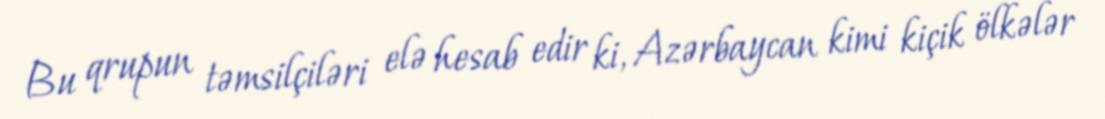
Bu qrupun təmsilçiləri elə hesab edir ki, Azərbaycan kimi kiçik ölkələr